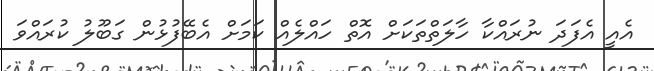
އެއީ އެފަދަ ނުރައްކާ ހާލަތްތަކަށް އޮތް ހައްލެއް ކަމަށް އެބޭފުޅުން ގަބޫލު ކުރައްވަ